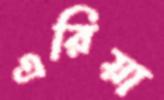
এরিয়া